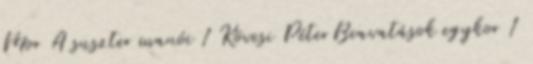
Mor A suszter manói 1 Kövesi PéterBeavatások egykor 1